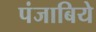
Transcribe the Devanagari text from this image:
पंजाबिये